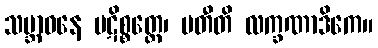
သမ္ဘာဝနေ ပဋိစ္စတ္ထေ၊ ပတီတိ လက္ခဏာဒိကေ။